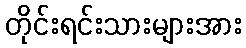
တိုင်းရင်းသားများအား